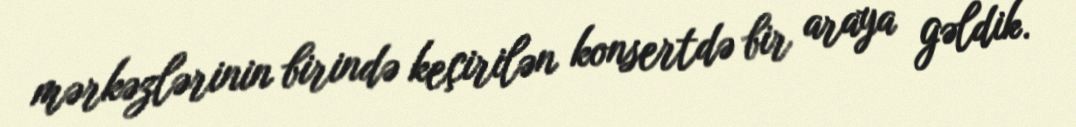
mərkəzlərinin birində keçirilən konsertdə bir araya gəldik.